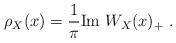
LaTeX: \begin{align*} \rho_X(x)=\frac{1}{\pi}\mathrm{Im}\ W_X(x)_+\ . \end{align*}